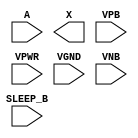
module sky130_fd_sc_hdll__inputiso1n (
    //# {{data|Data Signals}}
    input  A      ,
    output X      ,

    //# {{power|Power}}
    input  SLEEP_B,
    input  VPB    ,
    input  VPWR   ,
    input  VGND   ,
    input  VNB
);
endmodule